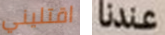
اقتليني عندنا